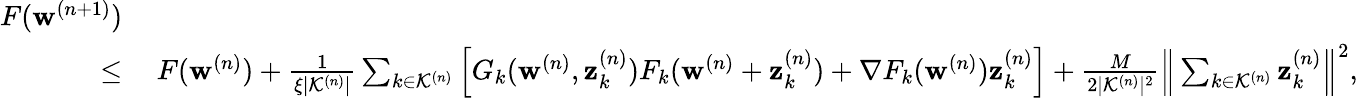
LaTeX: \begin{array}{rl}{F(\mathbf{w}^{(n+1)})}&{}\\ {\leq}&{\: F(\mathbf{w}^{(n)})+\frac{1}{\xi|\mathcal{K}^{(n)}|}\sum_{k\in\mathcal{K}^{(n)}}\Big[G_{k}(\mathbf{w}^{(n)},\mathbf{z}_{k}^{(n)})F_{k}(\mathbf{w}^{(n)}+\mathbf{z}_{k}^{(n)})+\nabla F_{k}(\mathbf{w}^{(n)})\mathbf{z}_{k}^{(n)}\Big]+\frac{M}{2|\mathcal{K}^{(n)}|^{2}}\Big\| \sum_{k\in\mathcal{K}^{(n)}}\mathbf{z}_{k}^{(n)}\Big\| ^{2},}\end{array}